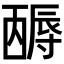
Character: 𡭋